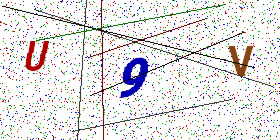
Text: U9V